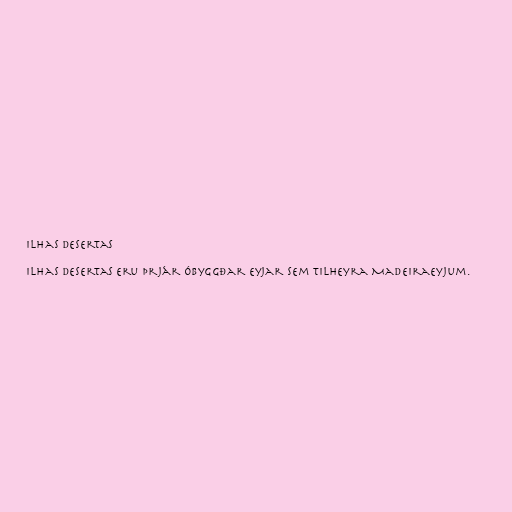
Ilhas Desertas

Ilhas Desertas eru þrjár óbyggðar eyjar sem tilheyra Madeiraeyjum.